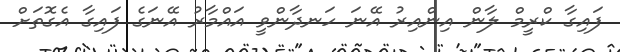
ފައިގާ ކްރީމް ލާން އިންއިރު އޭނަ ހަނދާންވީ އައްމާރު އޭނަގެ ފައިގާ އެގޮތަށް